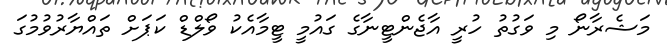
މަޝެރާނޯ މި ވަގުތު ހުރީ އާޖެންޓީނާގެ ގައުމީ ޓީމާއެކު ވޯލްޑް ކަޕަށް ތައްޔާރުވުމުގަ